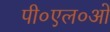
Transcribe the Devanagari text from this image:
पी०एल०ओ